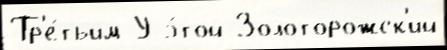
Тр'е́тьим У э́той Золоторожск'ий